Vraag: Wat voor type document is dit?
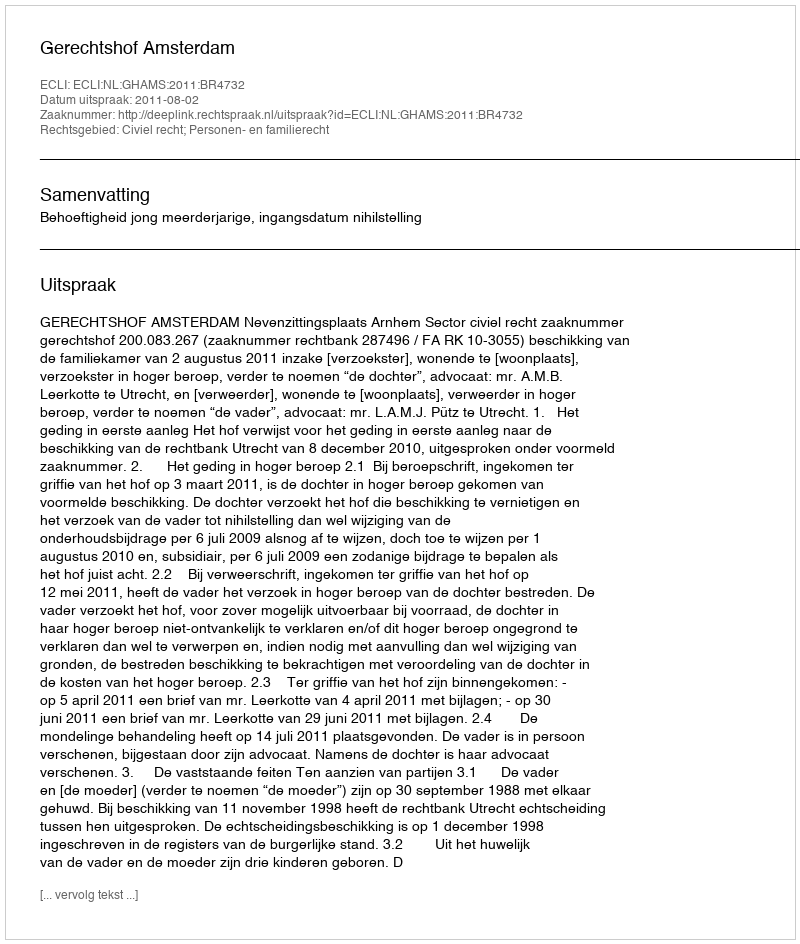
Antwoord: Uitspraak